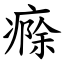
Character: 㾻